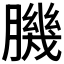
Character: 𦠄